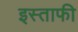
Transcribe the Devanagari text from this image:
इस्ताफी